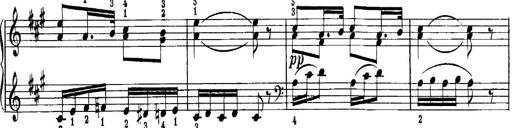
Title: Quatres sonatines
Composer: Tadeusz Joteyko